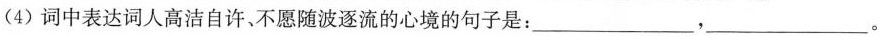
(4)词中表达词人高洁自许、不愿随波逐流的心境的句子是：___，___。